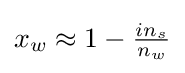
{\textstyle x_{w}\approx 1-{\frac {in_{s}}{n_{w}}}}